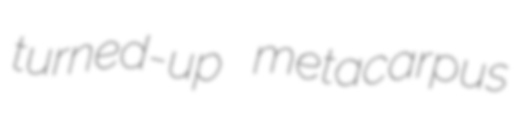
turned-up metacarpus